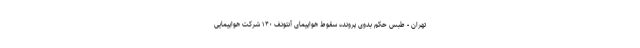
تهران - طبس حکم بدوی پرونده سقوط هواپیمای آنتونف ۱۴۰ شرکت هواپیمایی